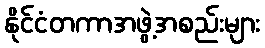
နိုင်ငံတကာအဖွဲ့အစည်းများ